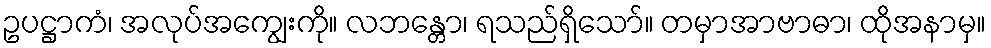
ဥပဋ္ဌာကံ၊ အလုပ်အကျွေးကို။ လဘန္တော၊ ရသည်ရှိသော်။ တမှာအာဗာဓာ၊ ထိုအနာမှ။